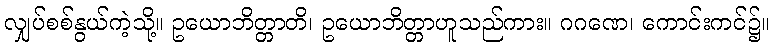
လျှပ်စစ်နွယ်ကဲ့သို့။ ဥယောဘိတ္တာတိ၊ ဥယောဘိတ္တာဟူသည်ကား။ ဂဂဏေ၊ ကောင်းကင်၌။